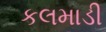
કલમાડી